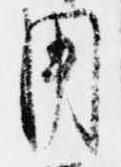
用